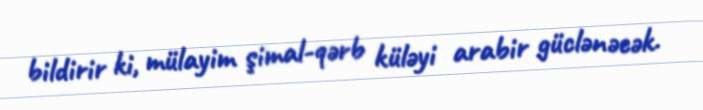
bildirir ki, mülayim şimal-qərb küləyi arabir güclənəcək.